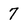
Character: 7